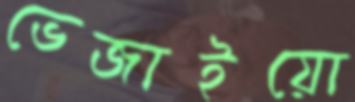
ভেজাইয়ো